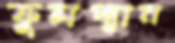
ফুলপ্যান